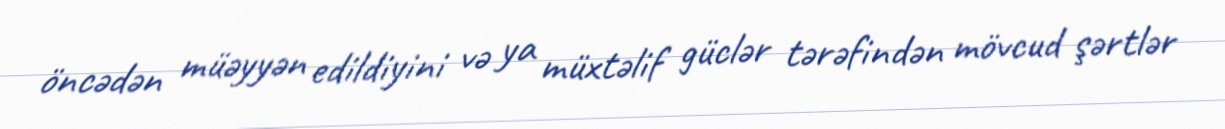
öncədən müəyyən edildiyini və ya müxtəlif güclər tərəfindən mövcud şərtlər